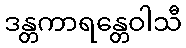
ဒန္တကာရန္တေဝါသီ